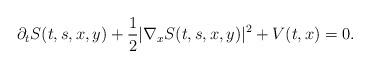
LaTeX: \begin{align*}\partial_t S(t,s,x,y)+\frac{1}{2}|\nabla_x S(t,s,x,y)|^2+V(t,x)=0.\end{align*}